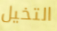
التخيل